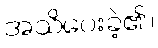
အသိပေးခဲ့၏။